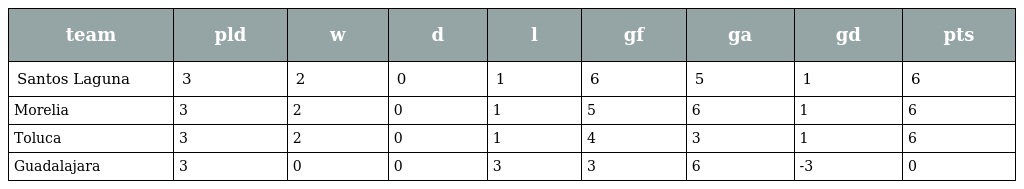
| team | pld | w | d | l | gf | ga | gd | pts |
 | --- | --- | --- | --- | --- | --- | --- | --- | --- |
 | Santos Laguna | 3 | 2 | 0 | 1 | 6 | 5 | 1 | 6 |
 | Morelia | 3 | 2 | 0 | 1 | 5 | 6 | 1 | 6 |
 | Toluca | 3 | 2 | 0 | 1 | 4 | 3 | 1 | 6 |
 | Guadalajara | 3 | 0 | 0 | 3 | 3 | 6 | -3 | 0 |